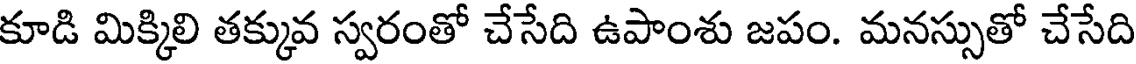
కూడి మిక్కిలి తక్కువ స్వరంతో చేసేది ఉపాంశు జపం. మనస్సుతో చేసేది